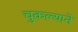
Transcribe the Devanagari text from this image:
चुकल्याने